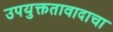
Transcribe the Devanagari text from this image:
उपयुक्ततावादाचा